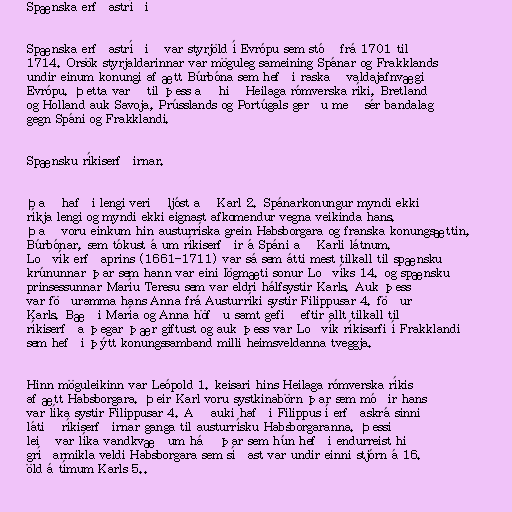
Spænska erfðastríðið

Spænska erfðastríðið var styrjöld í Evrópu sem stóð frá 1701 til
1714. Orsök styrjaldarinnar var möguleg sameining Spánar og Frakklands
undir einum konungi af ætt Búrbóna sem hefði raskað valdajafnvægi
Evrópu. Þetta varð til þess að hið Heilaga rómverska ríki, Bretland
og Holland auk Savoja, Prússlands og Portúgals gerðu með sér bandalag
gegn Spáni og Frakklandi.

Spænsku ríkiserfðirnar.

Það hafði lengi verið ljóst að Karl 2. Spánarkonungur myndi ekki
ríkja lengi og myndi ekki eignast afkomendur vegna veikinda hans.
Það voru einkum hin austurríska grein Habsborgara og franska konungsættin,
Búrbónar, sem tókust á um ríkiserfðir á Spáni að Karli látnum.
Loðvík erfðaprins (1661-1711) var sá sem átti mest tilkall til spænsku
krúnunnar þar sem hann var eini lögmæti sonur Loðvíks 14. og spænsku
prinsessunnar Maríu Teresu sem var eldri hálfsystir Karls. Auk þess
var föðuramma hans Anna frá Austurríki systir Filippusar 4. föður
Karls. Bæði María og Anna höfðu samt gefið eftir allt tilkall til
ríkiserfða þegar þær giftust og auk þess var Loðvík ríkisarfi í Frakklandi
sem hefði þýtt konungssamband milli heimsveldanna tveggja.

Hinn möguleikinn var Leópold 1. keisari hins Heilaga rómverska ríkis
af ætt Habsborgara. Þeir Karl voru systkinabörn þar sem móðir hans
var líka systir Filippusar 4. Að auki hafði Filippus í erfðaskrá sinni
látið ríkiserfðirnar ganga til austurrísku Habsborgaranna. Þessi
leið var líka vandkvæðum háð þar sem hún hefði endurreist hið
gríðarmikla veldi Habsborgara sem síðast var undir einni stjórn á 16.
öld á tímum Karls 5..